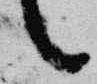
言